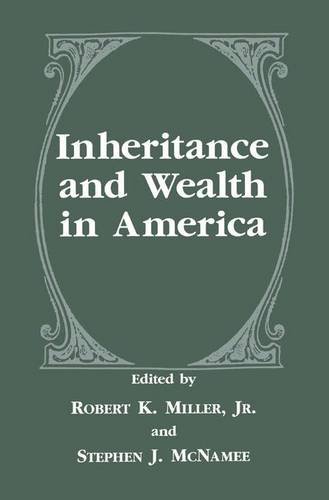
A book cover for Inheritance and Wealth in America (Language of Science); Business & Money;